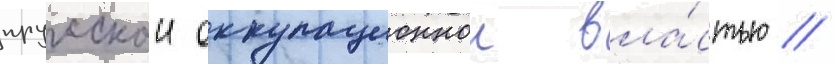
прусскои оккупационнои вла́стью //